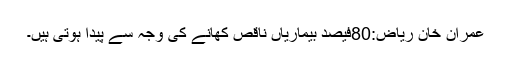
عمران خان ریاض:80فیصد بیماریاں ناقص کھانے کی وجہ سے پیدا ہوتی ہیں۔